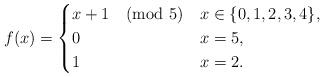
LaTeX: \begin{align*}f(x)= \begin{cases} x+1 \pmod 5 & x \in \{0,1,2,3,4\}, \\ 0 & x=5, \\ 1 & x=2.\end{cases}\end{align*}